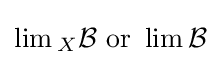
\lim {}_{X}{\mathcal {B}}{\text{ or }}\lim {\mathcal {B}}